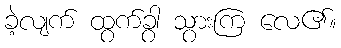
ခဲ့လျက် ထွက်ခွာ သွားကြ လေ၏။